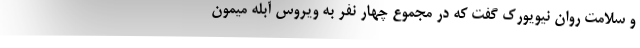
و سلامت روان نیویورک گفت که در مجموع چهار نفر به ویروس آبله میمون